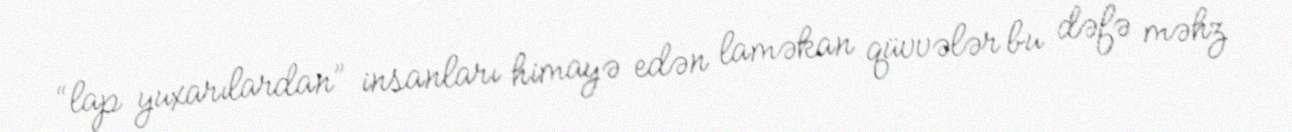
“lap yuxarılardan” insanları himayə edən laməkan qüvvələr bu dəfə məhz